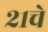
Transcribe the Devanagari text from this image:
२१चे